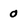
Character: O